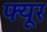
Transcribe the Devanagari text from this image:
फ्यूर